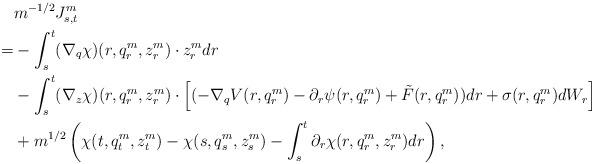
LaTeX: \begin{align*}&m^{-1/2}J^m_{s,t}\\=&-\int_s^t(\nabla_q\chi)(r,q_r^m,z_r^m)\cdot z_r^m dr\\&-\int_s^t (\nabla_z\chi)(r,q_r^m,z_r^m) \cdot \left[(-\nabla_q V(r,q_r^m)-\partial_r\psi(r,q^m_r)+\tilde F(r,q_r^m))dr+\sigma(r,q^m_r) dW_r\right]\\&+m^{1/2}\left(\chi(t,q_t^m,z_t^m)-\chi(s,q_s^m,z_s^m)-\int_s^t\partial_r \chi(r,q_r^m,z_r^m)dr\right),\end{align*}